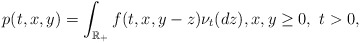
\begin{align*}p(t,x,y)=\int_{\mathbb{R}_+}f(t,x,y-z)\nu_t(dz), x,y\ge0, \ t>0,\end{align*}